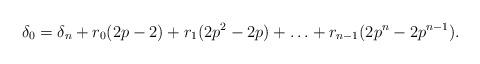
LaTeX: \begin{align*} \delta_0 = \delta_n + r_0(2p-2) + r_1(2p^2-2p)+\ldots+r_{n-1}(2p^n-2p^{n-1}). \end{align*}